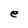
Character: e